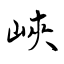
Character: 峽